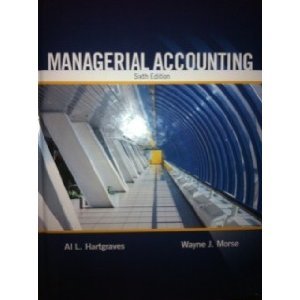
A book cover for MANAGERIAL ACCOUNTING; Hartgraves and Morse; Business & Money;